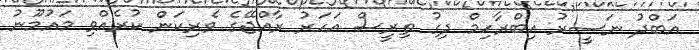
އަބްދު ނަސީރު އިބްރާހިމް ދިގު ތިރީސް އަހަރު ރާއްޖޭގެ ވެރިކަން ކުރެއްވި މައުމޫނު